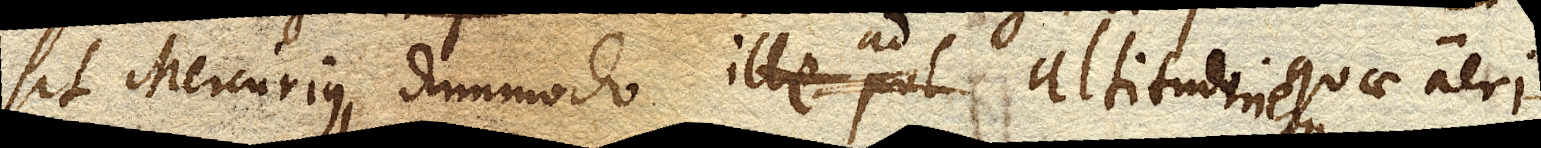
sit Mercurius, dummodo ille pol altitudo ad altitudinem quae aeri